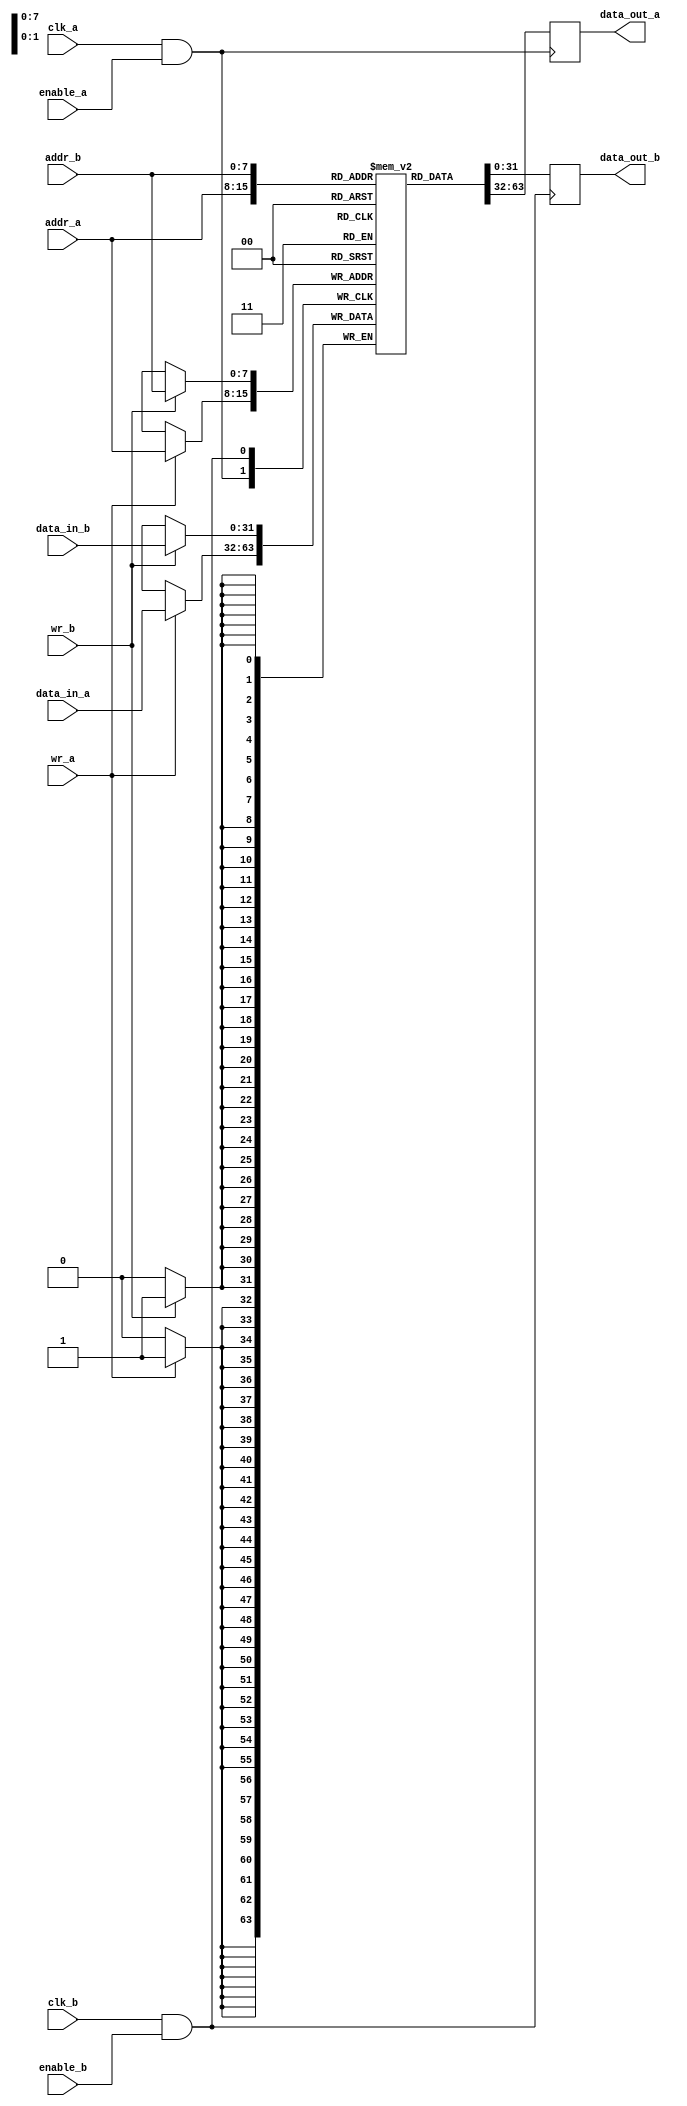
module memory_block (
    input wire clk_a,         // Clock domain A
    input wire clk_b,         // Clock domain B
    input wire enable_a,      // Enable signal for clock domain A
    input wire enable_b,      // Enable signal for clock domain B
    input wire [7:0] addr_a,  // Address for clock domain A
    input wire [7:0] addr_b,  // Address for clock domain B
    input wire [31:0] data_in_a, // Data input for clock domain A
    input wire [31:0] data_in_b, // Data input for clock domain B
    input wire wr_a,          // Write enable for clock domain A
    input wire wr_b,          // Write enable for clock domain B
    output reg [31:0] data_out_a, // Data output for clock domain A
    output reg [31:0] data_out_b  // Data output for clock domain B
);

    // Memory array
    reg [31:0] memory [255:0]; // 256 x 32-bit memory

    // Clock gating logic for clock domain A
    wire gated_clk_a = clk_a & enable_a;

    // Clock gating logic for clock domain B
    wire gated_clk_b = clk_b & enable_b;

    // Process for clock domain A
    always @(posedge gated_clk_a) begin
        if (wr_a) begin
            memory[addr_a] <= data_in_a; // Write operation
        end
        data_out_a <= memory[addr_a]; // Read operation
    end

    // Process for clock domain B
    always @(posedge gated_clk_b) begin
        if (wr_b) begin
            memory[addr_b] <= data_in_b; // Write operation
        end
        data_out_b <= memory[addr_b]; // Read operation
    end

endmodule